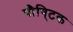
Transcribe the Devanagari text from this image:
पौषि्टक